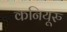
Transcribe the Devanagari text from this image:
कनियूरु